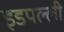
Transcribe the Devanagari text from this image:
इडपल्ली